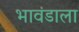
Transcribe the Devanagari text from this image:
भावंडाला